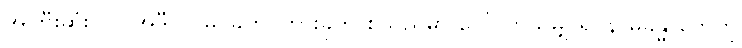
အကြီးဆုံးပါပဲ၊ အဲဒီလို မြင်ခိုက် ကြားခိုက် စသည်မှာ ပေါ်လာသမျှ ရုပ်နာမ်ခန္ဓာတွေကို